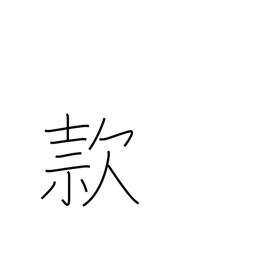
Meaning: goodwill